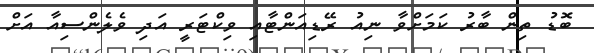
ބޮޑު ތިން ބާރު ކަމަށްވާ ނިއު ރޭޑިއަންޓާއި ވިކްޓަރީ އަދި ވެލެންސިއާ އަށް